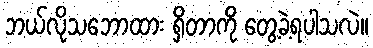
ဘယ်လိုသဘောထား ရှိတာကို တွေ့ခဲ့ရပါသလဲ။